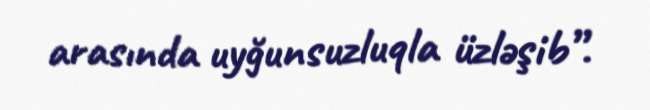
arasında uyğunsuzluqla üzləşib”.